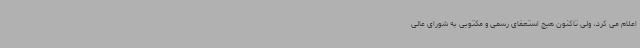
اعلام می کرد، ولی تاکنون هیچ استعفای رسمی و مکتوبی به شورای عالی